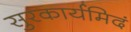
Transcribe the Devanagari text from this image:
सुरकार्यमिदं